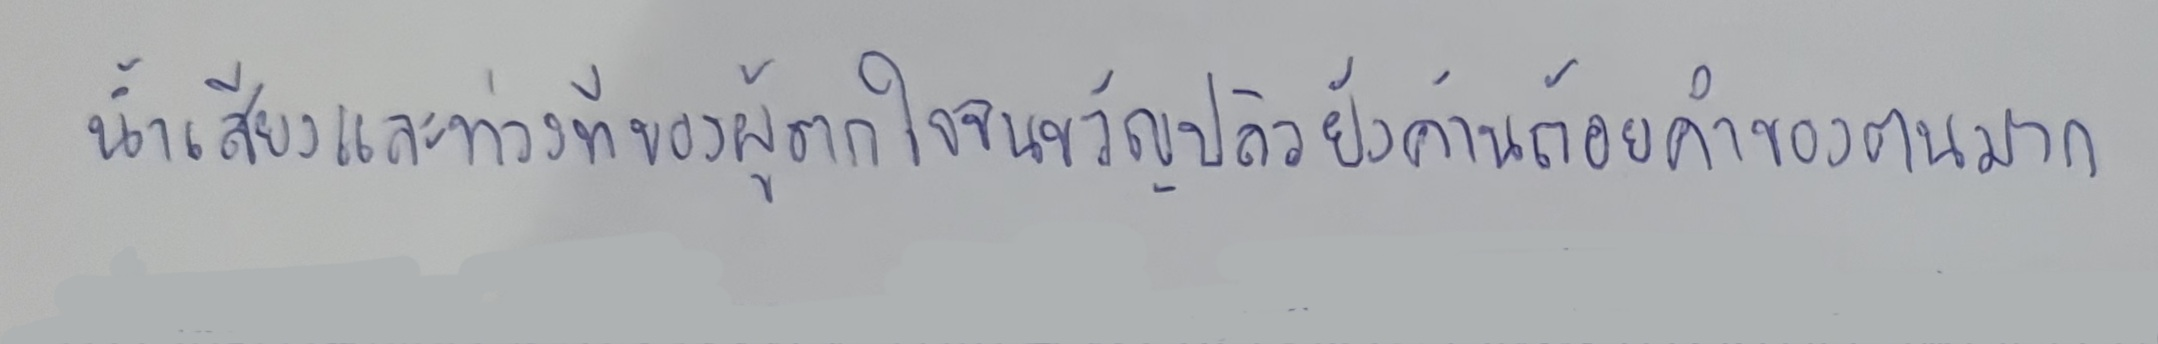
น้ำเสียงและท่วงทีของผู้ตกใจจนขวัญปลิวยังค้านถ้อยคำของตนมาก